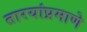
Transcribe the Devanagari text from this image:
तारयांप्रमाणे